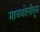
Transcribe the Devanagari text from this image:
मायबोलीतून